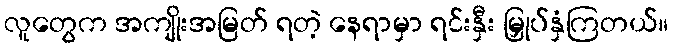
လူတွေက အကျိုးအမြတ် ရတဲ့ နေရာမှာ ရင်းနှီး မြှုပ်နှံကြတယ်။